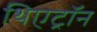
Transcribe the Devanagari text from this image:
थिएट्रॉन